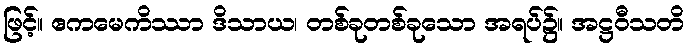
ဖြင့်။ ဧကမေကိဿာ ဒိသာယ၊ တစ်ခုတစ်ခုသော အရပ်၌။ အဋ္ဌဝီသတိ